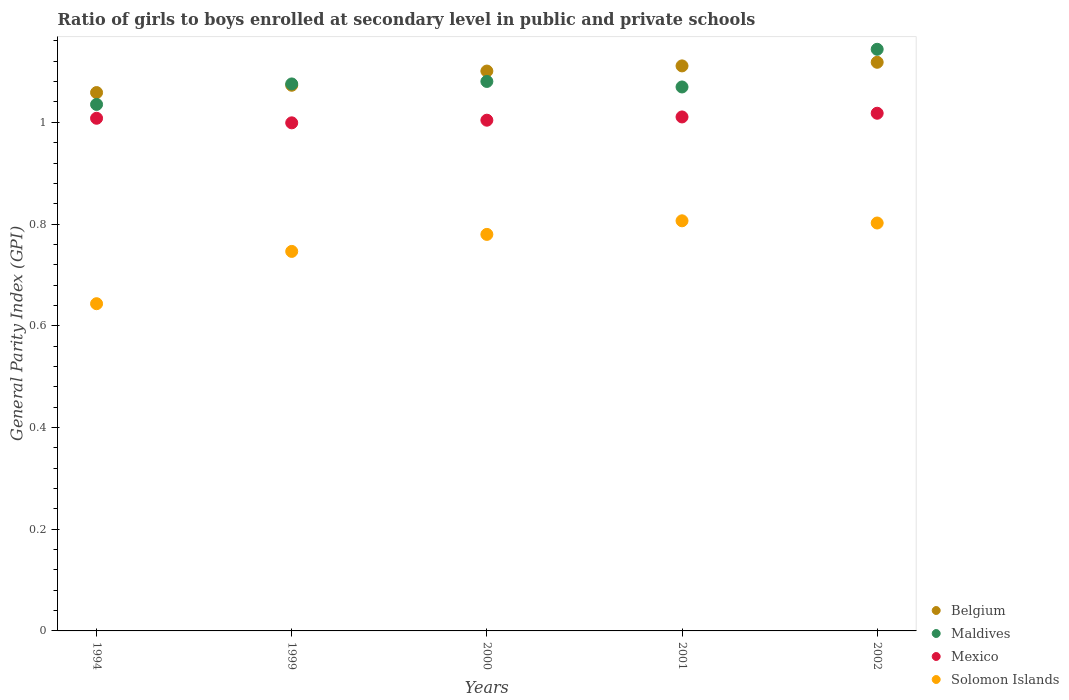
| Years | Belgium | Maldives | Mexico | Solomon Islands |
 | --- | --- | --- | --- | --- |
 | 1994 | 1.06 | 1.04 | 1.01 | 0.643 |
 | 1999 | 1.07 | 1.08 | 0.999 | 0.746 |
 | 2000 | 1.1 | 1.08 | 1 | 0.78 |
 | 2001 | 1.11 | 1.07 | 1.01 | 0.806 |
 | 2002 | 1.12 | 1.14 | 1.02 | 0.802 |